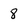
Character: 8